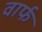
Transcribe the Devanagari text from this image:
वार्फ